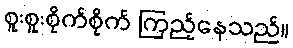
စူးစူးစိုက်စိုက် ကြည့်နေသည်။